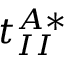
t _ { I I } ^ { A * }